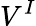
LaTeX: V^{I}